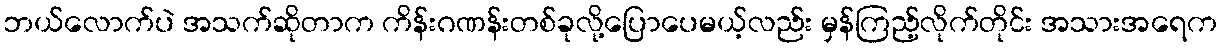
ဘယ်လောက်ပဲ အသက်ဆိုတာက ကိန်းဂဏန်းတစ်ခုလို့ပြောပေမယ့်လည်း မှန်ကြည့်လိုက်တိုင်း အသားအရေက